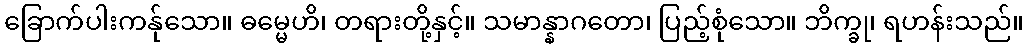
ခြောက်ပါးကန်ုသော။ ဓမ္မေဟိ၊ တရားတို့နှင့်။ သမာန္နာဂတော၊ ပြည့်စုံသော။ ဘိက္ခု၊ ရဟန်းသည်။